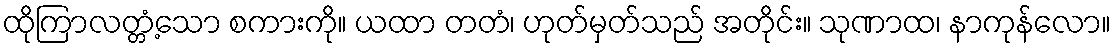
ထိုကြာလတ္တံ့သော စကားကို။ ယထာ တတံ၊ ဟုတ်မှတ်သည် အတိုင်း။ သုဏာထ၊ နာကုန်လော။